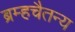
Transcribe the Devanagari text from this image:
ब्रम्हचैतन्य